Annual report of the Civil Veterinary Department, Bengal, for the year 1897-98 - 1897-1898
Year: 1897
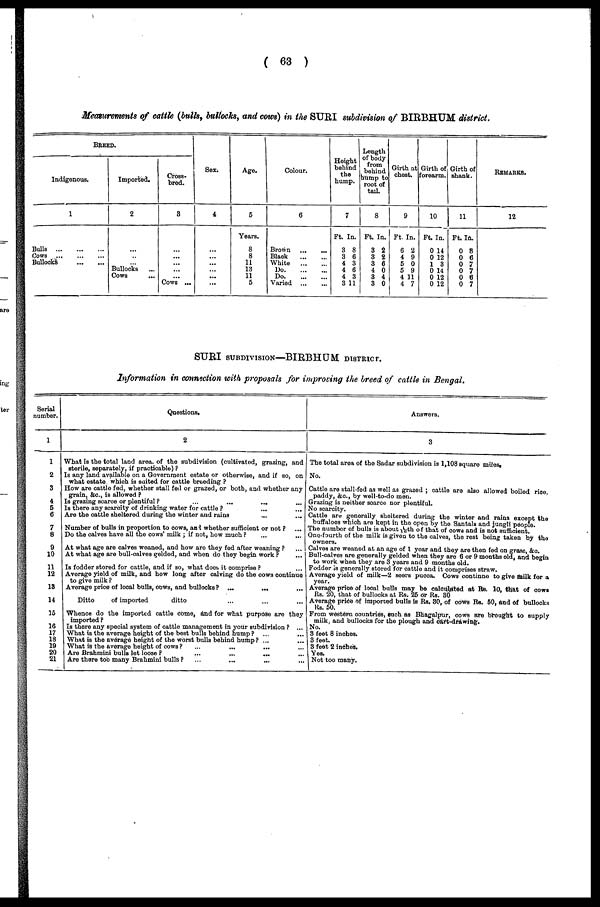
( 63 )
Measurements of cattle (bulk, bullocks, and cows) in the SURI subdivision of BIRBHUM district.
BREED.
Indigenous.
1
Bulls
...
...
...
Cows ... ... ...
Bullocks
...
...
Imported.
2
...
...
...
Bullocks
...
Cows ...
Cross-
bred.
8
...
...
...
...
...
Cows ...
Sex.
4
...
...
...
...
...
...
Age.
5
Years.
8
8
11
13
11
5
Colour.
6
Brown
...
...
Black
...
...
White
...
...
Do ... ...
Do
...
...
Varied
...
...
Height
behind
the
hump.
7
Ft In.
3 8
3 6
4 3
4 6
4 3
3 11
Length
of body
from
behind
hump to
root of
tail.
8
Ft. In.
3 2
3 2
3 6
4 0
3 4
3 0
Girth at
chest.
9
Ft. In.
0 2
4 9
5 0
5 9
4 11
4 7
Girth of
forearm.
10
Ft. In.
0 14
0 12
1 3
0 14
0 12
0 12
Girth of
shank.
11
Ft. In.
0 8
0 6
0 7
0 7
0 6
0 7
REMARKS.
12
SURI SUBDIVISION—BIRBHUM DISTRICT.
Information in connection with proposals for improving the breed of cattle in Bengal.
Serial
number.
1
1
2
3
4
5
6
7
8
9
10
11
12
13
14
15
16
17
18
19
20
21
Questions.
2
What is the total land area. of the subdivision (cultivated, grazing, and
sterile, separately, if practicable) ?
Is any land available on a Government estate or otherwise, and if so, on
what estate which is suited for cattle breeding ?
How are cattle fed, whether stall fed or grazed, or both, and whether any
grain, &c., is allowed ?
Is grazing scarce or plentiful ?
...
...
...
...
Is there any scaroity of drinking water for cattle ? ... ...
Are the cattle sheltered during the winter and rains ... ...
Number of bulls in proportion to cows, and whether sufficient or not ? ...
Do the calves have all the cows' milk ; if not, how much ? ... ...
At what age are calves weaned, and how are they fed after weaning ? ...
At what age are bull-calves gelded, and when do they begin work ? ...
Is fodder stored for cattle, and if so, what does it comprise ? ...
Average yield of milk, and how long after calving do the cows continue
to give milk ?
Average price of local bulls, cows, and bullocks ? ...
... ...
Ditto
of imported
ditto ... ... ...
Whence do the imported cattle come, and for what purpose are they
imported?
Is there any special system of cattle management in your subdivision ? ...
What is the average height of the best bulls behind hump ? ... ...
What is the average height of the worst bulls behind hump ? ... ...
What is the average height of cows ? ... ... ... ...
Are Brahmini bulls let loose
?
...
...
...
...
Are there too many Brahmini bulls ?
...
...
...
...
Answers.
3
The total area of the Sadar subdivision is 1,108 squore miles.
No.
Cattle are stall-fed as well as grazed ; cattle are also allowed boiled rice.
paddy, &c., by well-to-do men.
Grazing is neither soarce nor plentiful.
No scarcity.
Cattle are generally sheltered during the winter and rains except the
buffaloes which are kept in the open by the Santals and jungli people.
The number of bulls is about 1/10th of that of cows and is not sufficient.
One-fourth of the milk is given to the calves, the rest being taken by the
owners
Calves are weaned at an ago of 1 year and they are then fed on grass, &c.
Bull-calves are generally gelded when they are 6 or 9 months old, and begin
to work when they are 3 years and 9 months old.
Fodder is generally stored for cattle and it comprises straw.
Average yield of milk—2 seers pucca. Cows continue to give milk for a
year.
Average price of local bulls may be calculated at Rs. 10, that of cows
Rs. 20, that of bullocks at Rs. 25 or Rs. 30
Average price of imported bulls is Rs. 80, of cows Rs. 50, and of bullocks
Rs. 50.
From western countries, such as Bhagalpur, cows are brought to supply
milk, and bullocks for the plough and cart-drawing.
No.
3 feet 8 inches.
3 feet.
3 feet 2 inches.
Yes.
Not too many.